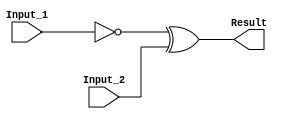
/******************************************************************************
 ** Logisim goes FPGA automatic generated Verilog code                       **
 **                                                                          **
 ** Component : XOR_GATE_BUS                                                 **
 **                                                                          **
 ******************************************************************************/

`timescale 1ns/1ps
module XOR_GATE_BUS( Input_1,
                     Input_2,
                     Result);

   /***************************************************************************
    ** Here all module parameters are defined with a dummy value             **
    ***************************************************************************/
   parameter BubblesMask = 1;
   parameter NrOfBits = 1;


   /***************************************************************************
    ** Here the inputs are defined                                           **
    ***************************************************************************/
   input[NrOfBits-1:0]  Input_1;
   input[NrOfBits-1:0]  Input_2;

   /***************************************************************************
    ** Here the outputs are defined                                          **
    ***************************************************************************/
   output[NrOfBits-1:0] Result;

   /***************************************************************************
    ** Here the internal wires are defined                                   **
    ***************************************************************************/
   wire[NrOfBits-1:0] s_real_input_1;
   wire[NrOfBits-1:0] s_real_input_2;
   wire[1:0] s_signal_invert_mask;


   /***************************************************************************
    ** Here the bubbles are processed                                        **
    ***************************************************************************/
   assign s_signal_invert_mask = BubblesMask;
   assign s_real_input_1 = (s_signal_invert_mask[0]) ? ~Input_1: Input_1;
   assign s_real_input_2 = (s_signal_invert_mask[1]) ? ~Input_2: Input_2;

   /***************************************************************************
    ** Here the functionality is defined                                     **
    ***************************************************************************/
   genvar n;
   generate
      for (n = 0 ; n < NrOfBits ; n = n + 1)
         begin: bit
            assign Result[n] = s_real_input_1[n]^
                               s_real_input_2[n];
         end
   endgenerate


endmodule